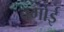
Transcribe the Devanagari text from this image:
बर्माई